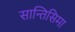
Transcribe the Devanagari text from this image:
सान्तिसिमा